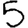
Digit: 5